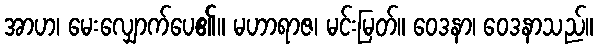
အာဟ၊ မေးလျှောက်ပေ၏။ မဟာရာဇ၊ မင်းမြတ်။ ဝေဒနာ၊ ဝေဒနာသည်။